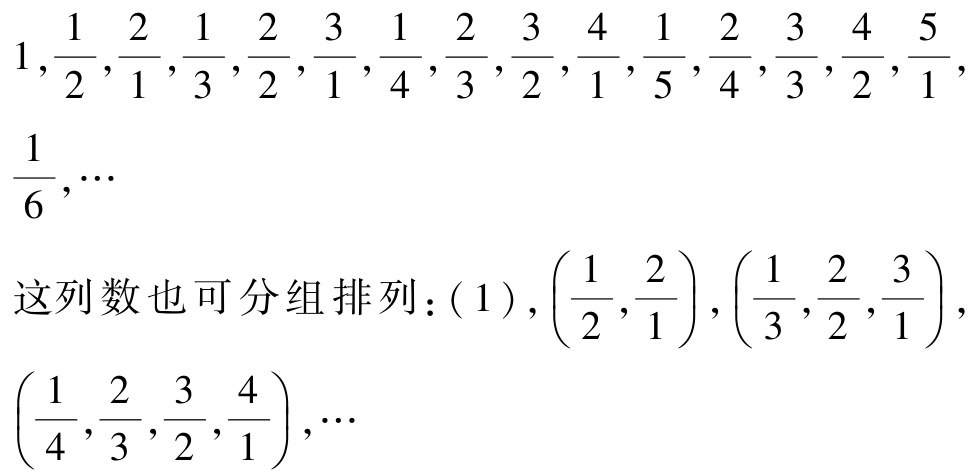
\(1,\frac{1}{2},\frac{2}{1},\frac{1}{3},\frac{2}{2},\frac{3}{1},\frac{1}{4},\frac{2}{3},\frac{3}{2},\frac{4}{1},\frac{1}{5},\frac{2}{4},\frac{3}{3},\frac{4}{2},\frac{5}{1},\frac{1}{6},\cdots\)
这列数也可分组排列：\((1),(\frac{1}{2},\frac{2}{1}),(\frac{1}{3},\frac{2}{2},\frac{3}{1}),(\frac{1}{4},\frac{2}{3},\frac{3}{2},\frac{4}{1}),\cdots\)